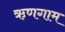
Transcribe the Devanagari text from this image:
ऋणगाम